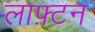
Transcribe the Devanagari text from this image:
लाफ़्टन